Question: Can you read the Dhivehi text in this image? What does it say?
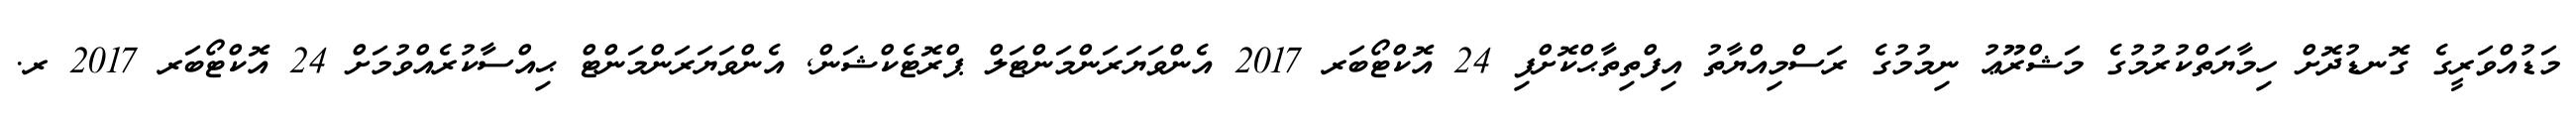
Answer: މަޑުއްވަރީގެ ގޮނޑުދޮށް ހިމާޔަތްކުރުމުގެ މަޝްރޫޢު ނިމުމުގެ ރަސްމިއްޔާތު އިފްތިތާޙްކޮށްފި 24 އޮކްޓޯބަރ 2017 އެންވަޔަރަންމަންޓަލް ޕްރޮޓެކްޝަން, އެންވަޔަރަންމަންޓް ޙިއްސާކުރެއްވުމަށް 24 އޮކްޓޯބަރ 2017 ރ.